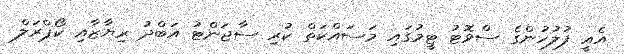
އެއީ ފުލުހުންގެ ސްވޮޓު ޓީމުގައި މަސައްކަތް ކުރި ސާޖަންޓު އަބްދު ރިޔާޒާއި ކޯޕްރަލް